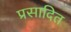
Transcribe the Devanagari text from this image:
प्रसादित